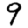
Digit: 9